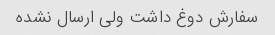
سفارش دوغ داشت ولی ارسال نشده